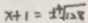
x + 1 = \pm \sqrt [ 4 ] { 1 2 8 }